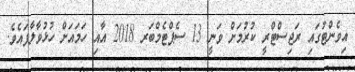
އިވެންޓުގައި ރަޖިސްޓްރީ ކުރުމަށް ވަނީ 13 ސެޕްޓެމްބަރ 2018 އާއި ހަމައަށް ހުޅުވާލާފައެވެ.